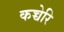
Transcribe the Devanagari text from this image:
कच्चेरि